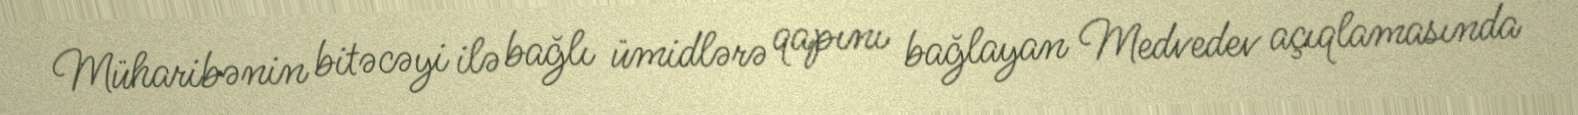
Müharibənin bitəcəyi ilə bağlı ümidlərə qapını bağlayan Medvedev açıqlamasında